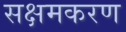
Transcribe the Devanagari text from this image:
सक्षमकरण